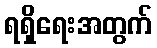
ရရှိရေးအတွက်